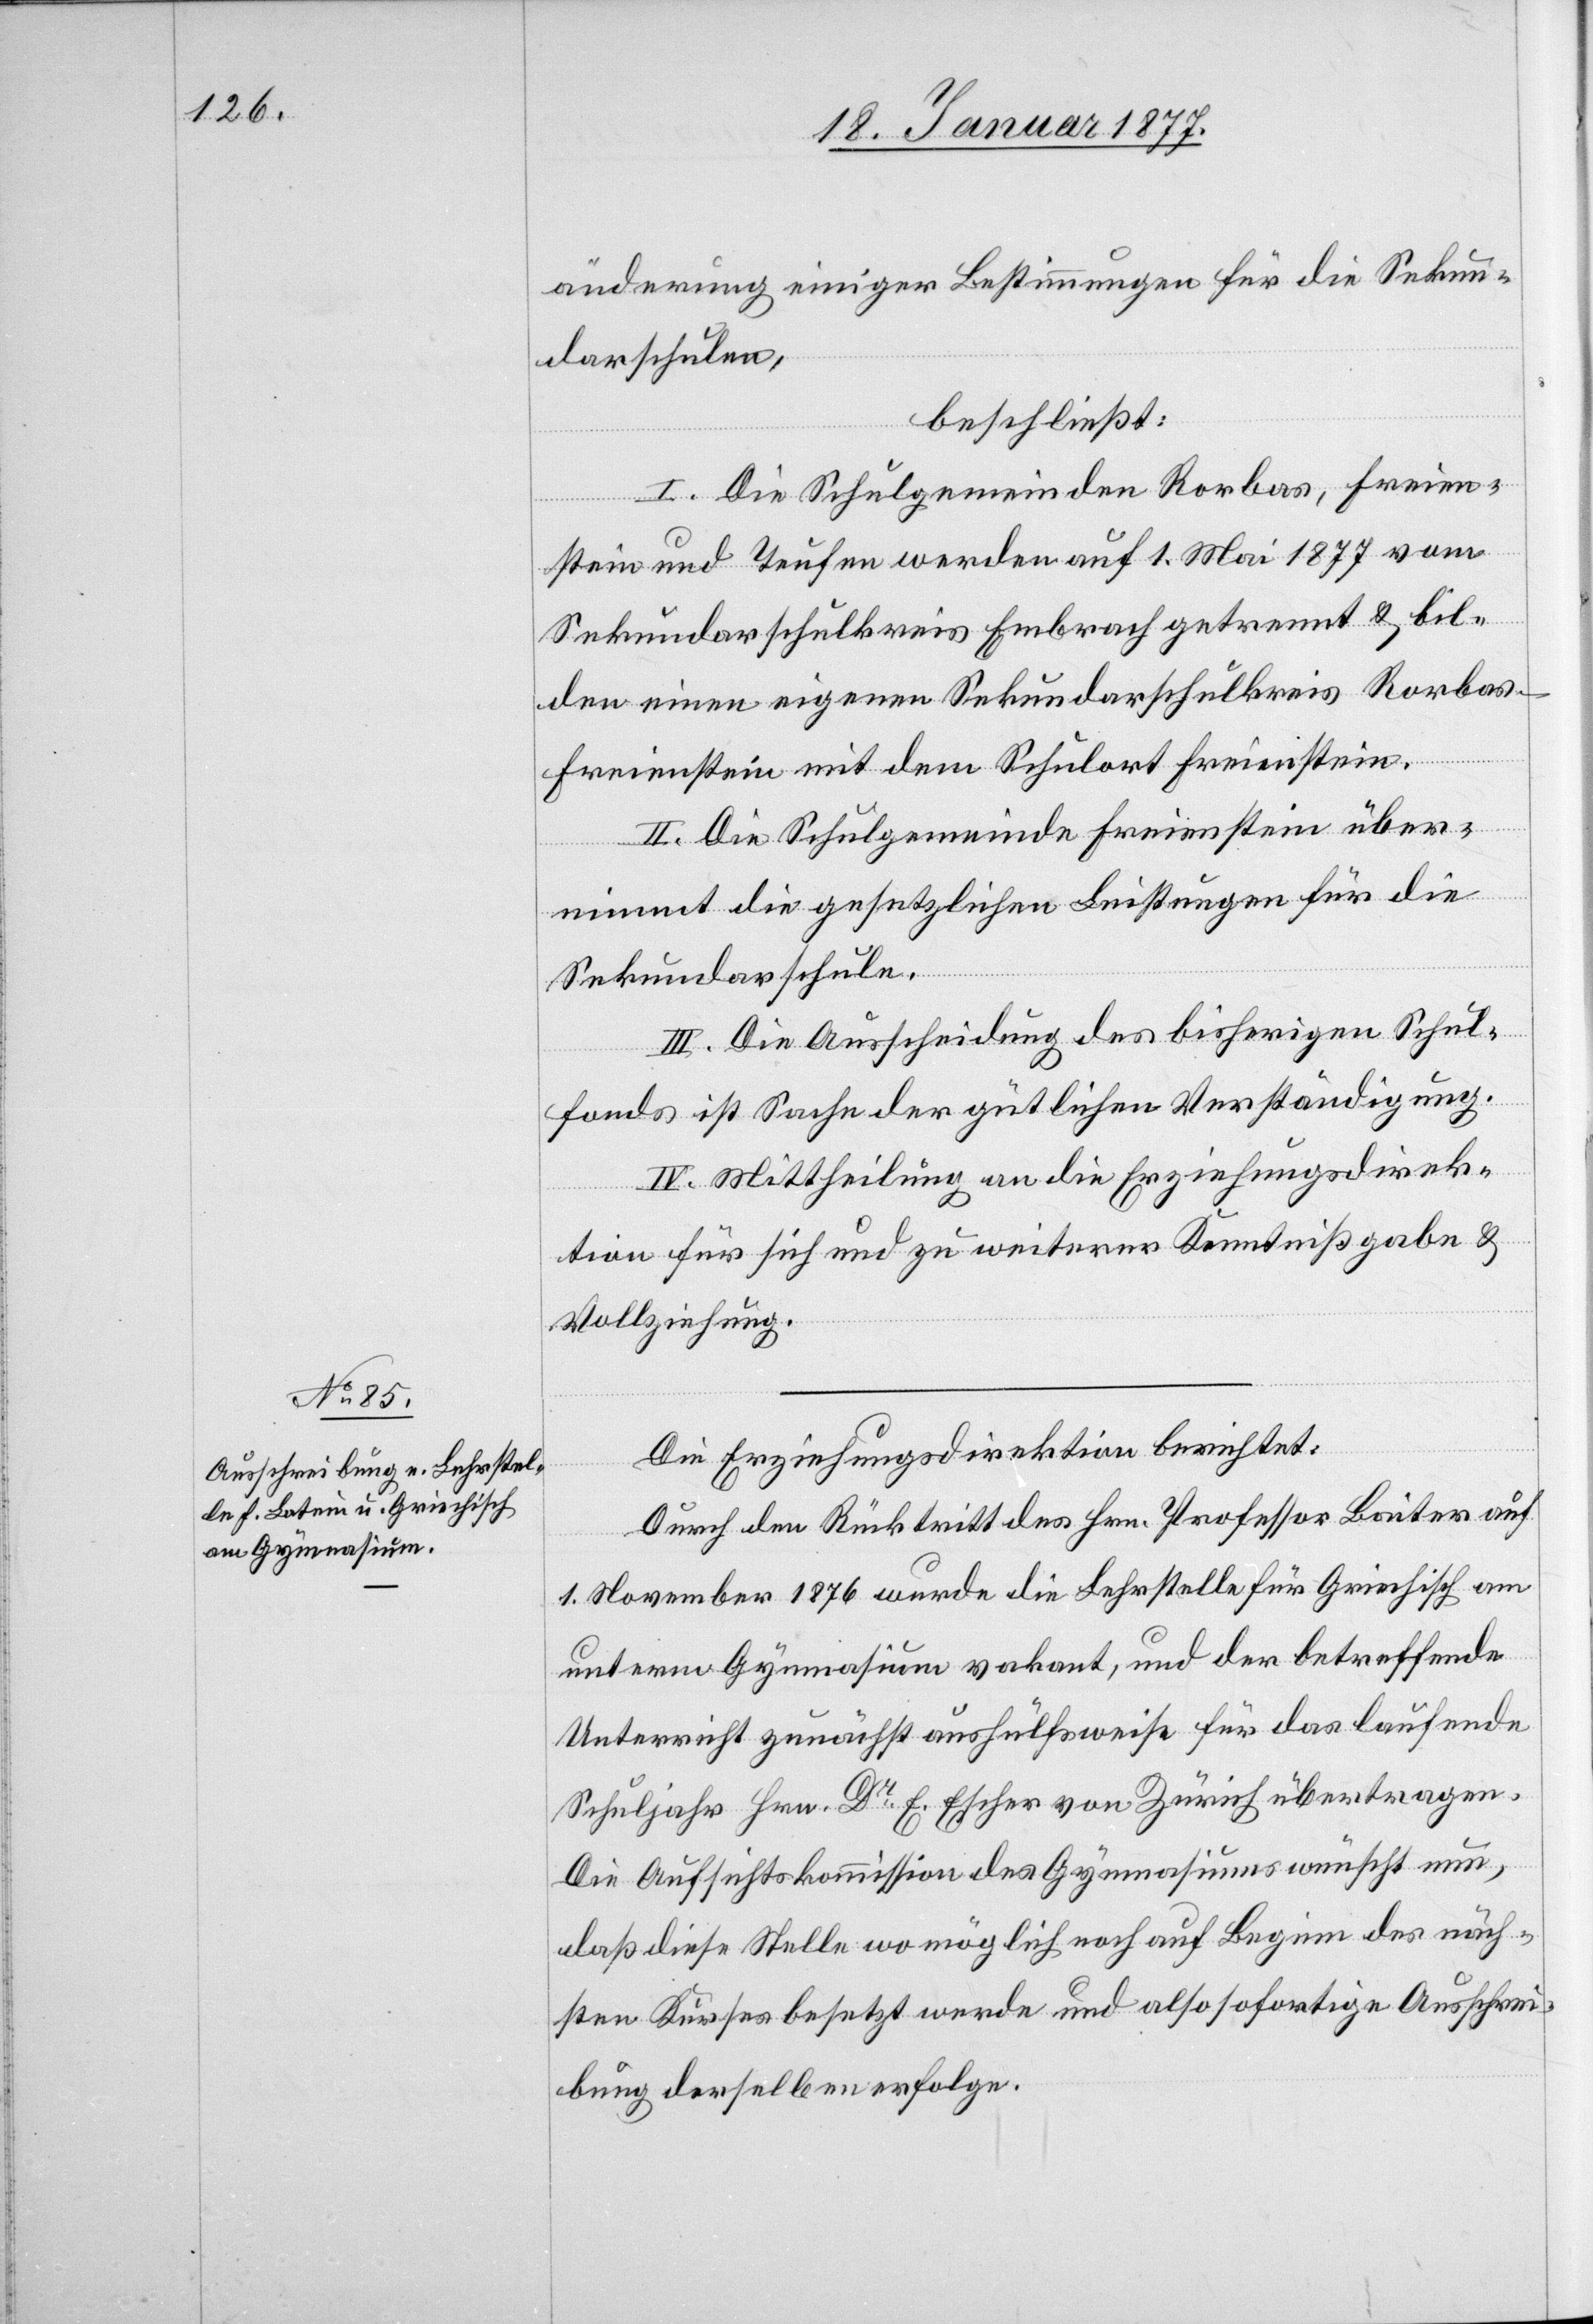
änderung einiger Bestimmungen für die Sekun¬
darschulen,
beschließt:
I. Die Schulgemeinden Rorbas, Freien¬
stein und Teufen werden auf 1. Mai 1877 vom
Sekundarschulkreis Embrach getrennt & bil¬
den einen eigenen Sekundarschulkreis Rorba¬
s-Freienstein mit dem Schulort Freienstein.
II. Die Schulgemeinde Freienstein über¬
nimmt die gesetzlichen Leistungen für die
Sekundarschule.
III. Die Ausscheidung des bisherigen Schul¬
fondes ist Sache der gütlichen Verständigung.
IV. Mittheilung an die Erziehungsdirek¬
tion für sich und zu weiterer Kenntnißgabe &
Vollziehung.
Die Erziehungsdirektion berichtet:
Durch den Rücktritt des Hrn. Professor Baiter auf
1. November 1876 wurde die Lehrstelle für Griechisch am
unterm [sic!] Gymnasium vakant, und der betreffende
Unterricht zunächst aushülfsweise für das laufende
Schuljahr Hrn. Dr E. Escher von Zürich übertragen.
Die Aufsichtskommission des Gymnasiums wünscht nun,
daß diese Stelle wo möglich noch auf Beginn des näch¬
sten Kurses besetzt werde und also sofortige Ausschrei¬
bung derselben erfolge.